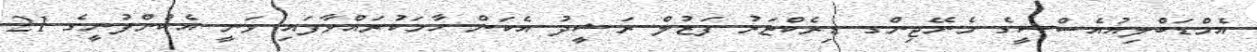
އެމްޑަބްލިއުއެސްސީގެ މެނޭޖިންގ ޑިރެކްޓަރު ފަޒުލް ރަޝީދު އެކަން ހާމަކުރައްވާފައި ވަނީ އެކުންފުނީގެ 21